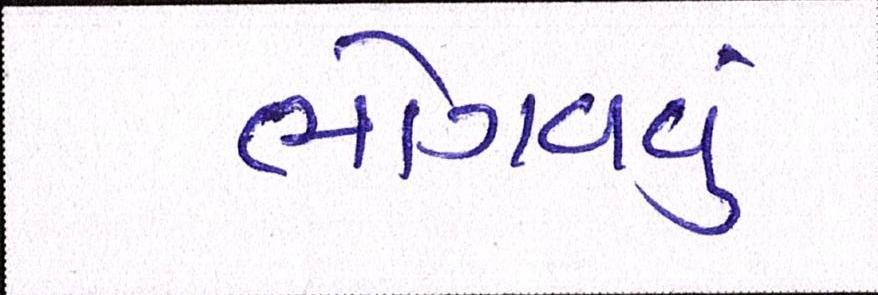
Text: ભોગવવું